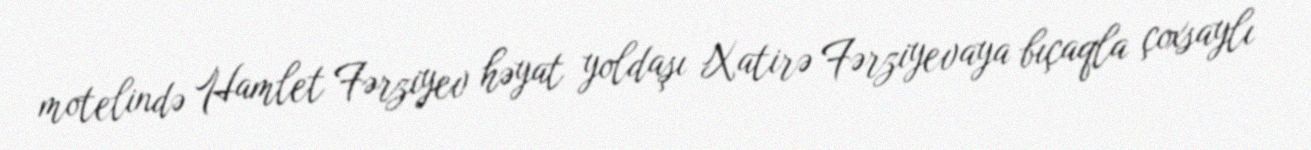
motelində Hamlet Fərziyev həyat yoldaşı Xatirə Fərziyevaya bıçaqla çoxsaylı